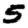
Digit: 5